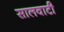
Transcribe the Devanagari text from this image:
सालवाटी